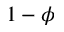
1 - \phi